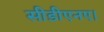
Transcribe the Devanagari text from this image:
सीडीएनए।